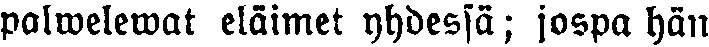
palwelewat eläimet yhdessä; jospa hän